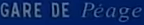
GARE DE PEAGE